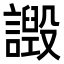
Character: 譭